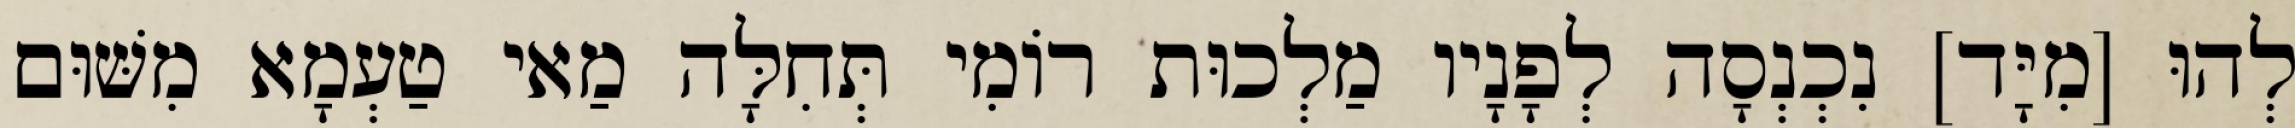
לְהוּ [מִיָּד] נִכְנְסָה לְפָנָיו מַלְכוּת רוֹמִי תְּחִלָּה מַאי טַעְמָא מִשּׁוּם